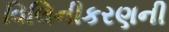
વિલિનીકરણની